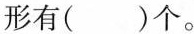
形有( )个。